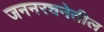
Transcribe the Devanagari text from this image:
जननरचनेतील